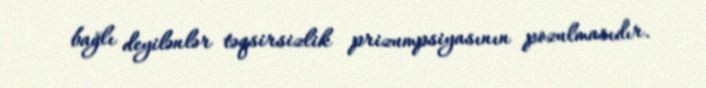
bağlı deyilənlər təqsirsizlik prizumpsiyasının pozulmasıdır.